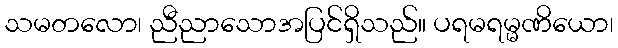
သမတလော၊ ညီညာသောအပြင်ရှိသည်။ ပရမရမ္မဏိယော၊